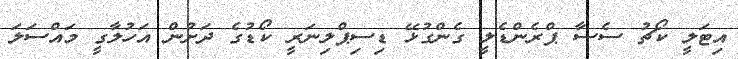
އިޓަލީ ކޯޗު ސެސާ ޕްރެންޑެލީ ގެންގުޅޭ ޑިސިޕްލިނަރީ ކޯޑުގެ ދަށުން އަހުލާގީ މައްސަލަ